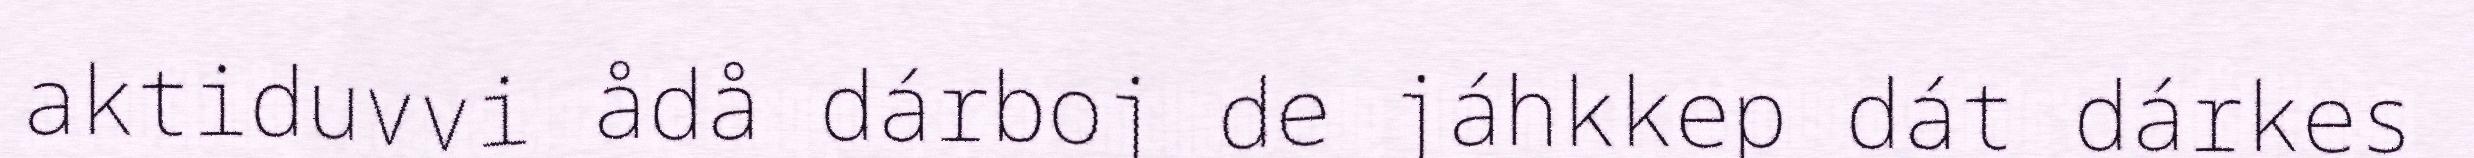
aktiduvvi ådå dárboj de jáhkkep dát dárkes